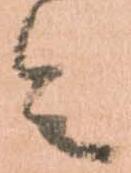
令